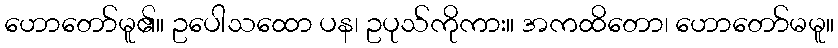
ဟောတော်မူ၏။ ဥပေါသထော ပန၊ ဥပုသ်ကိုကား။ အကထိတော၊ ဟောတော်မမူ။